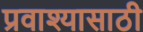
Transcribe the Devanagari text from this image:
प्रवाश्यासाठी